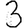
Digit: 3